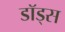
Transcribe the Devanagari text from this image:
डॉड्स